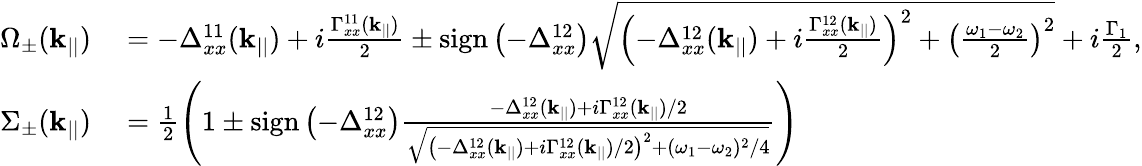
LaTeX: \begin{array}{rl}{\Omega_{\pm}(\mathbf{k}_{||})}&{{}=-\Delta_{xx}^{11}(\mathbf{k}_{||})+i\frac{\Gamma_{xx}^{11}(\mathbf{k}_{||})}{2}\pm\textrm{sign}\left(-\Delta_{xx}^{12}\right)\sqrt{\left(-\Delta_{xx}^{12}(\mathbf{k}_{||})+i\frac{\Gamma_{xx}^{12}(\mathbf{k}_{||})}{2}\right)^{2}+\left(\frac{\omega_{1}-\omega_{2}}{2}\right)^{2}}+i\frac{\Gamma_{1}}{2},}\\ {\Sigma_{\pm}(\mathbf{k}_{||})}&{{}=\frac{1}{2}\left(1\pm\textrm{sign}\left(-\Delta_{xx}^{12}\right)\frac{-\Delta_{xx}^{12}(\mathbf{k}_{||})+i\Gamma_{xx}^{12}(\mathbf{k}_{||})/2}{\sqrt{\left(-\Delta_{xx}^{12}(\mathbf{k}_{||})+i\Gamma_{xx}^{12}(\mathbf{k}_{||})/2\right)^{2}+(\omega_{1}-\omega_{2})^{2}/4}}\right)}\end{array}